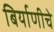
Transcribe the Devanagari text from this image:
बिर्याणीचे